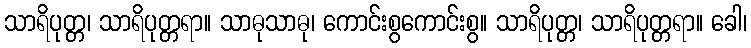
သာရိပုတ္တ၊ သာရိပုတ္တရာ။ သာဓုသာဓု၊ ကောင်းစွကောင်းစွ။ သာရိပုတ္တ၊ သာရိပုတ္တရာ။ ခေါ၊